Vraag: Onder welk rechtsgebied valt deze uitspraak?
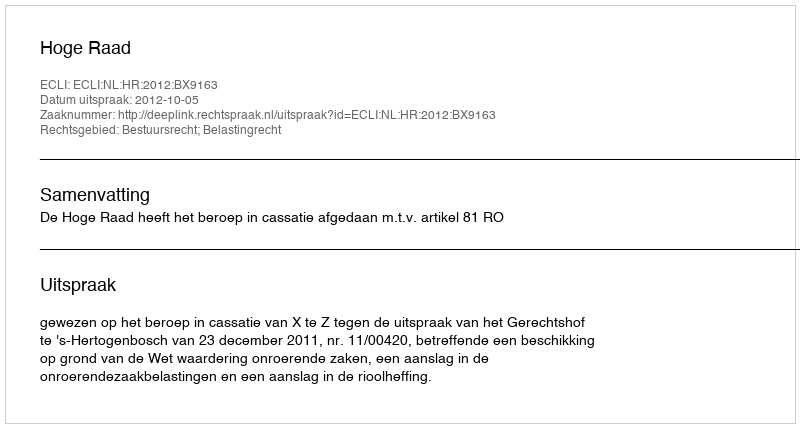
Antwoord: Bestuursrecht; Belastingrecht